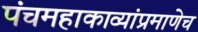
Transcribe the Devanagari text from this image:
पंचमहाकाव्यांप्रमाणेच